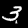
Label: 3